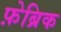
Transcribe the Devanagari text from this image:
फ़ेब्रिक